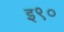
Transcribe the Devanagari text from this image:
इ९०